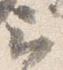
云